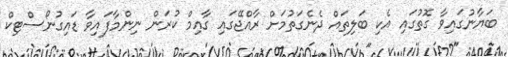
ބަޔާނުގައިވާ ގޮތުގައި އެކި ބަލިތައް ދެނެގަތުމަށް ރާއްޖޭގައި ގާއިމް ކުރަން ނިންމާފައިވާ ޑައިގުނޯސްޓިކް